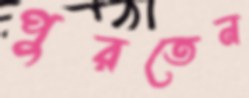
পুরতেন